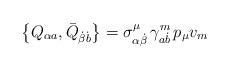
LaTeX: \begin{align*}\left\{ Q_{\alpha a},\bar{Q}_{\dot{\beta}\dot{b}}\right\} =\sigma _{\alpha \dot{\beta}}^\mu \,\gamma _{a\dot{b}}^m\,p_\mu v_m \end{align*}